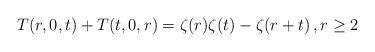
LaTeX: \begin{align*}T(r,0,t)+T(t,0,r)=\zeta(r)\zeta(t)-\zeta(r+t)\,,r\ge 2\end{align*}